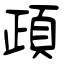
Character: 頙